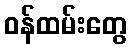
ဝန်ထမ်းတွေ